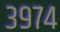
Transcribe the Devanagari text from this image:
३९७४